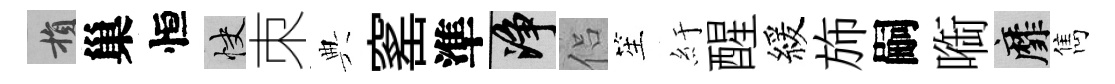
損巢恒快朿典窰準净侣笙紆醒緩斾嗣㗸靡雋